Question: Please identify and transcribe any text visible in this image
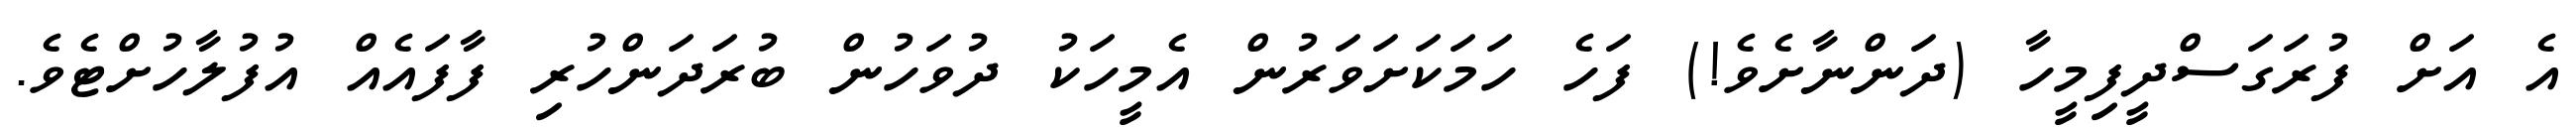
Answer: އެ އަށް ފުރަގަސްދީފިމީހާ (ދަންނާށެވެ!) ފަހެ ހަމަކަށަވަރުން އެމީހަކު ދުވަހުން ބުރަދަންހުރި ފާފައެއް އުފުލާހުށްޓެވެ.